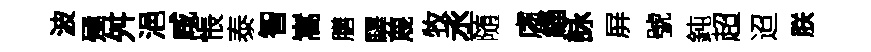
波殛舛浥咸悵泰智嵩膳驛蔑牧丞随䖏緇詠屏號鈍超迢朕